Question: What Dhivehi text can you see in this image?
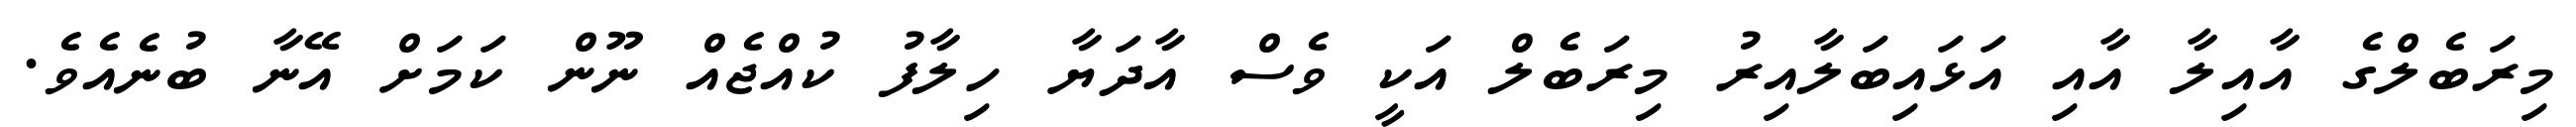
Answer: މިރަބެލްގެ އާއިލާ އާއި އަޅައިބަލާއިރު މިރަބެލް އަކީ ވެސް އާދަޔާ ހިލާފު ކުއްޖެއް ނޫން ކަމަށް އޭނާ ބުނެއެވެ.